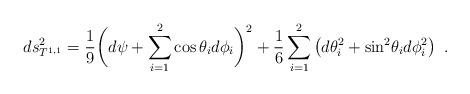
LaTeX: \begin{align*}ds_{T^{1,1}}^2={1\over 9} \bigg(d\psi + \sum_{i=1}^2 \cos \theta_i d\phi_i\bigg)^2+{1\over 6} \sum_{i=1}^2 \left(d\theta_i^2 + {\rm sin}^2\theta_i d\phi_i^2 \right)\ .\end{align*}